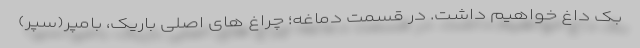
بک داغ خواهیم داشت. در قسمت دماغه؛ چراغ های اصلی باریک، بامپر(سپر)